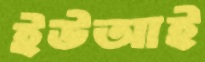
ইউআই